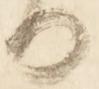
る